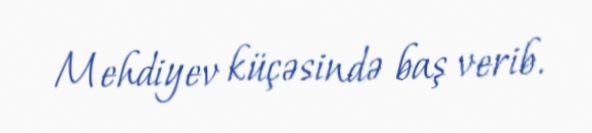
Mehdiyev küçəsində baş verib.